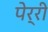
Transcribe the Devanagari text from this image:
पेर्री